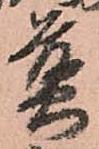
煎